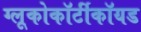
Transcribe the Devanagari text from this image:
ग्लूकोकॉर्टीकॉयड